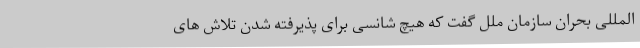
المللی بحران سازمان ملل گفت که هیچ شانسی برای پذیرفته شدن تلاش های